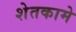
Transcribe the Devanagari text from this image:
शेतकामे